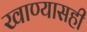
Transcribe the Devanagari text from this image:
खाण्यासही